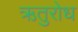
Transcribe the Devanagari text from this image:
ऋतुरोध